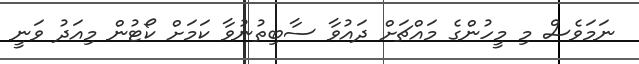
ނަމަވެސް މި މީހުންގެ މައްޗަށް ދައުވާ ސާބިތުނުވާ ކަމަށް ކޯޓުން މިއަދު ވަނީ